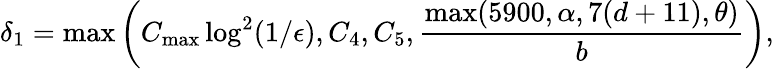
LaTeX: \delta_{1}=\operatorname*{max}\left(C_{\mathrm{max}}\log^{2}(1/\epsilon),C_{4},C_{5},\frac{\operatorname*{max}(5900,\alpha,7(d+11),\theta)}{b}\right),